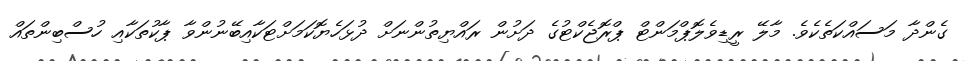
ގެންދާ މަސައްކަތެކެވެ. މާލޭ ރީޑިވެލޮޕްމަންޓް ޕްރޮޖެކްޓުގެ ދަށުން ރައްޔިތުންނަށް ދުޅަހެޔޮކަމަށްޓަކާއިބޭނުންވާ ޕާކުތަކާއި ހުސްބިންތައް